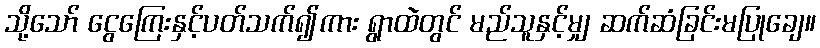
သို့သော် ငွေကြေးနှင့်ပတ်သက်၍ကား ရွာထဲတွင် မည်သူနှင့်မျှ ဆက်ဆံခြင်းမပြုချေ။